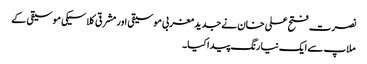
نصرت فتح علی خان نے جدید مغربی موسیقی اور مشرقی کلاسیکی موسیقی کے
ملاپ سے ایک نیا رنگ پیدا کیا۔